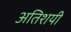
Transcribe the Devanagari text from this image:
अतिशयी